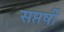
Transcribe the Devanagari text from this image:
सप्तर्षीं